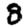
Digit: 8